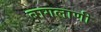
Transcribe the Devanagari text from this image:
बागलाणी